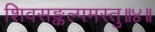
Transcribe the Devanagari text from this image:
शिवसङ्कल्पमस्तु॥४॥